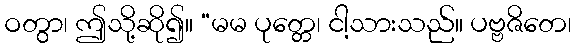
ဝတွာ၊ ဤသို့ဆို၍။ “မမ ပုတ္တေ၊ ငါ့သားသည်။ ပဗ္ဗဇိတေ၊